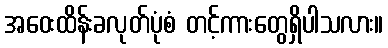
အဝေးထိန်းခလုတ်ပုံစံ တင့်ကားတွေရှိပါသလား။